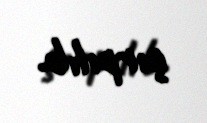
çırpılıb.